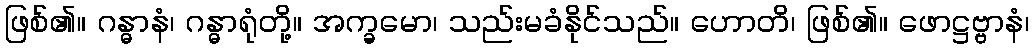
ဖြစ်၏။ ဂန္ဓာနံ၊ ဂန္ဓာရုံတို့။ အက္ခမော၊ သည်းမခံနိုင်သည်။ ဟောတိ၊ ဖြစ်၏။ ဖောဋ္ဌဗ္ဗာနံ၊